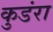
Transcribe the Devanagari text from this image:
कुडंरा